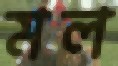
মল